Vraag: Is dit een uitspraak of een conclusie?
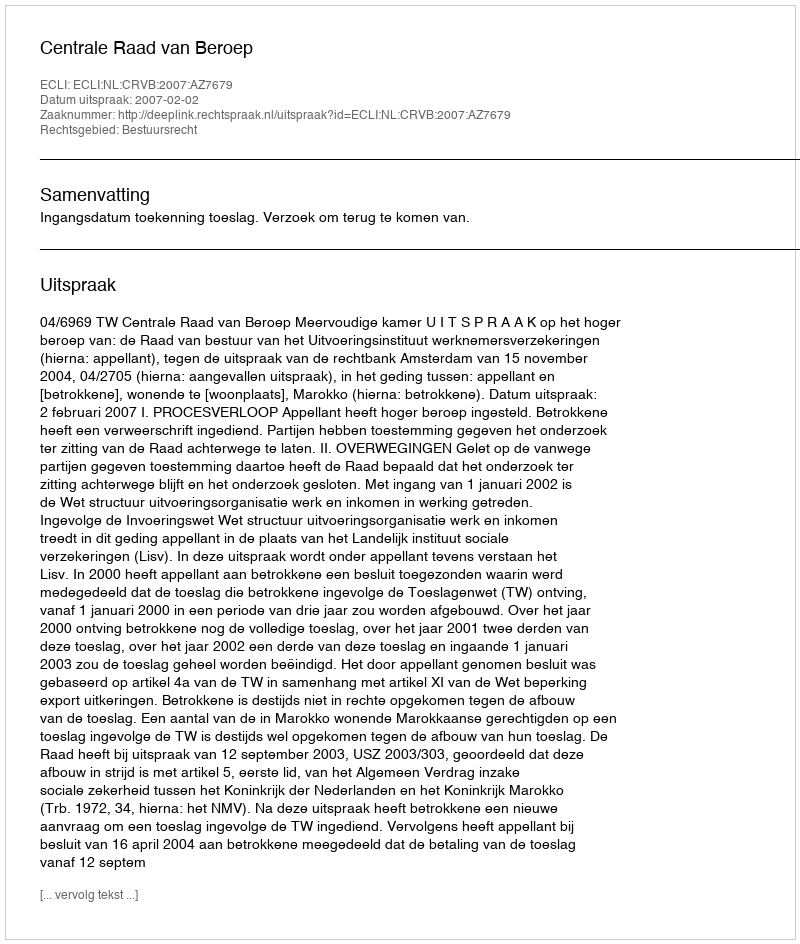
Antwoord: Uitspraak